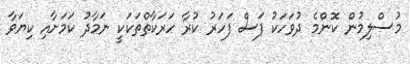
މުސްލިމުން ކޮންމެ ދުވަހަކު ފަސް ފަހަރު ކުރާ ހަރަކާތްތަކަކީ ނަމާދު ކަމަށާއި ކިޔަވާ